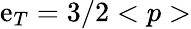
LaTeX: \mathrm{e}_{T}=3/2<p>